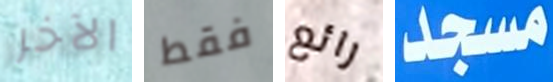
الآخر فقط رائع مسجد